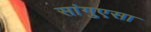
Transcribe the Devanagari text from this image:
सांगुएसा